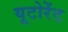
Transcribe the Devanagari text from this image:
यूटोरेंट